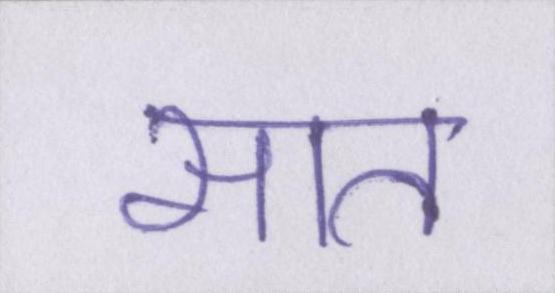
सात